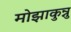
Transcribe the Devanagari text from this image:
मोझाकुन्नु